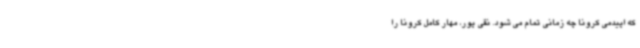
که اپیدمی کرونا چه زمانی تمام می شود. نقی پور، مهار کامل کرونا را